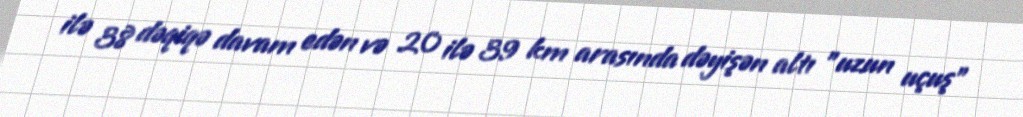
ilə 38 dəqiqə davam edən və 20 ilə 39 km arasında dəyişən altı "uzun uçuş"